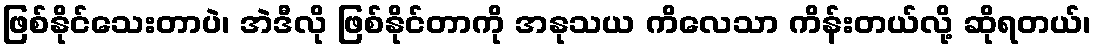
ဖြစ်နိုင်သေးတာပဲ၊ အဲဒီလို ဖြစ်နိုင်တာကို အနုသယ ကိလေသာ ကိန်းတယ်လို့ ဆိုရတယ်၊